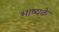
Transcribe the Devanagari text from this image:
भाष्यके